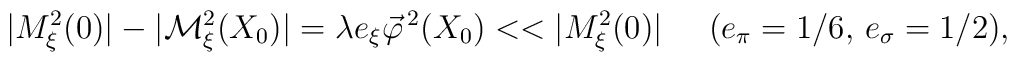
|M_\xi^2 (0)| - |{\cal M}_\xi^2 (X_0)| = \lambda e_\xi \vec{\varphi}^{\, 2} (X_0) < < |M_\xi^2 (0)| \;\;\;\;\; (e_\pi = 1 / 6, \, e_\sigma = 1 / 2) ,